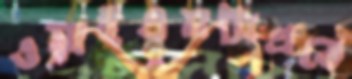
ওয়াইএমসিএতে